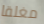
مغلقا